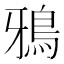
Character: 鴉